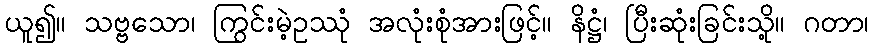
ယူ၍။ သဗ္ဗသော၊ ကြွင်းမဲ့ဥဿုံ အလုံးစုံအားဖြင့်။ နိဋ္ဌံ၊ ပြီးဆုံးခြင်းသို့။ ဂတာ၊